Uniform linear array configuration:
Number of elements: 32
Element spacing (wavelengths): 0.5
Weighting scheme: kaiser
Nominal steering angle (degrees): -15
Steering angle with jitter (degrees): -15.953
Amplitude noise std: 0.05
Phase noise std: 0.05

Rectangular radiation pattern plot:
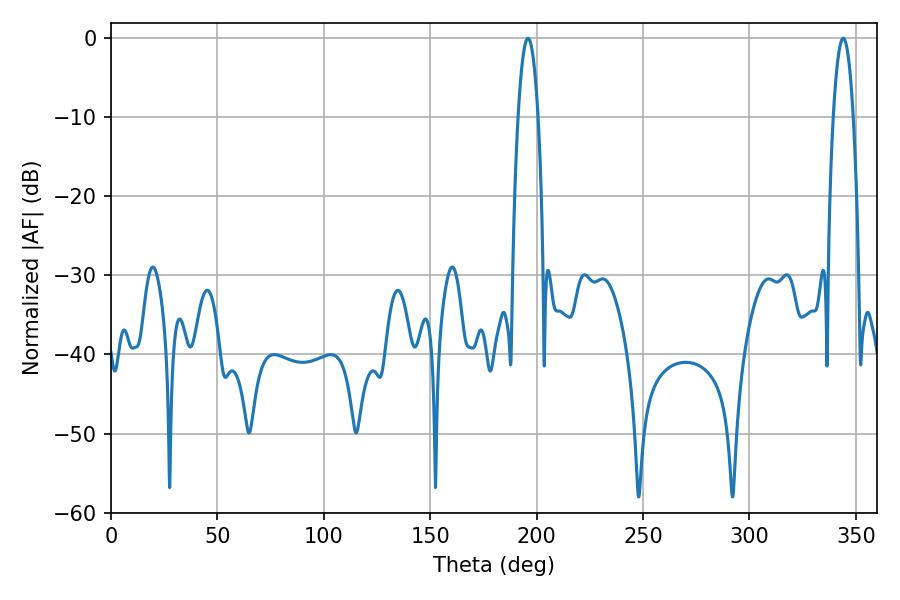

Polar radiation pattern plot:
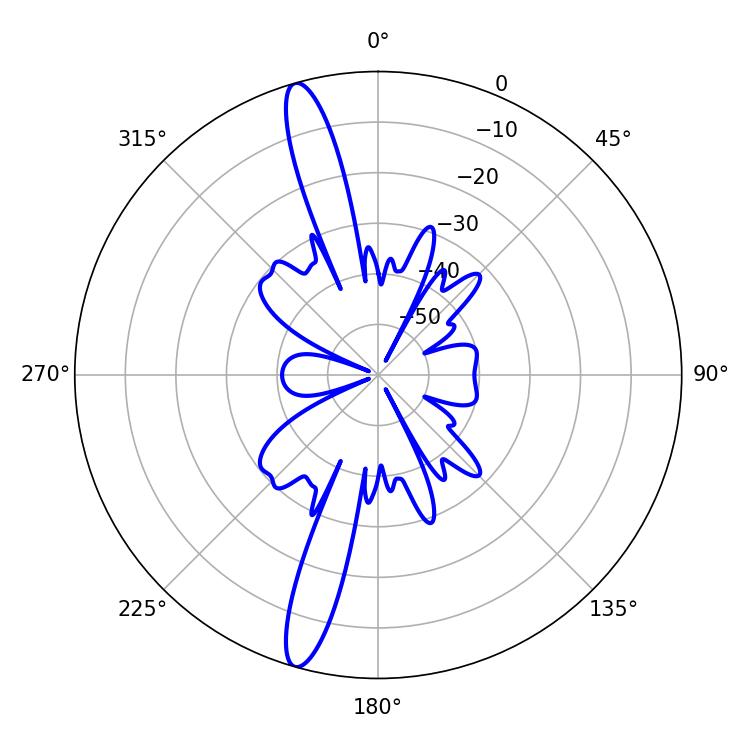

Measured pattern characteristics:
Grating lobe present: FALSE
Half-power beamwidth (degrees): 5.22
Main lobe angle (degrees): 343.98